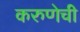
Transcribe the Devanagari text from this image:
करुणेची